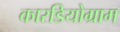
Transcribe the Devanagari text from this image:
कारडियोग्राम